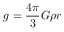
g = { \frac { 4 \pi } { 3 } } G \rho r